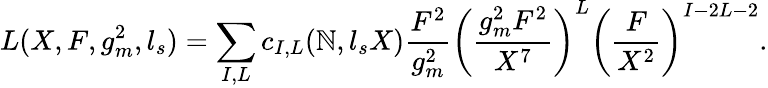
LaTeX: L(X,F,g_{m}^{2},l_{s})=\sum_{I,L}c_{I,L}(\mathbb{N},l_{s}X){\frac{{F^{2}}}{{g_{m}^{2}}}}\left({\frac{{g_{m}^{2}F^{2}}}{{X^{7}}}}\right)^{L}\left({\frac{{F}}{{X^{2}}}}\right)^{I-2L-2}.